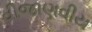
વીજાણવીય